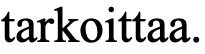
tarkoittaa.